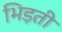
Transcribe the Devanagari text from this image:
भिड़ती